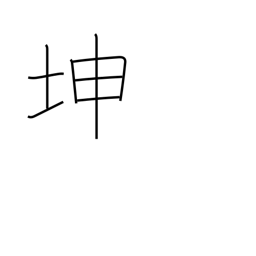
Meaning: land